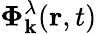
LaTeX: \boldsymbol{\Phi}_{\mathbf{k}}^{\lambda}(\mathbf{r},t)